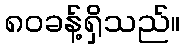
၈၀ခန့်ရှိသည်။